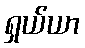
ရှယ်ယာ